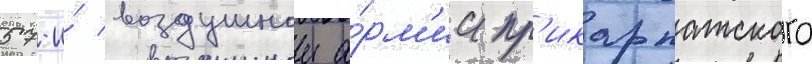
57-и́ воздушнои а́рм'ии пр'икарпатского